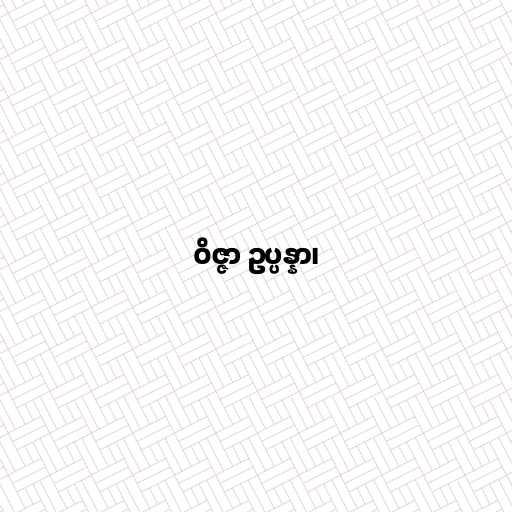
ဝိဇ္ဇာ ဥပ္ပန္နာ၊